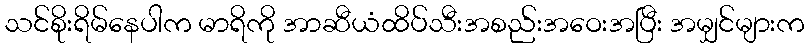
သင်စိုးရိမ်နေပါက မာရိကို အာဆီယံထိပ်သီးအစည်းအဝေးအပြီး အမျှင်များက